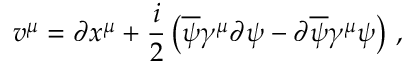
v ^ { \mu } = \partial x ^ { \mu } + \frac { i } { 2 } \left( \overline { { { \psi } } } \gamma ^ { \mu } \partial \psi - \partial \overline { { { \psi } } } \gamma ^ { \mu } \psi \right) \, ,